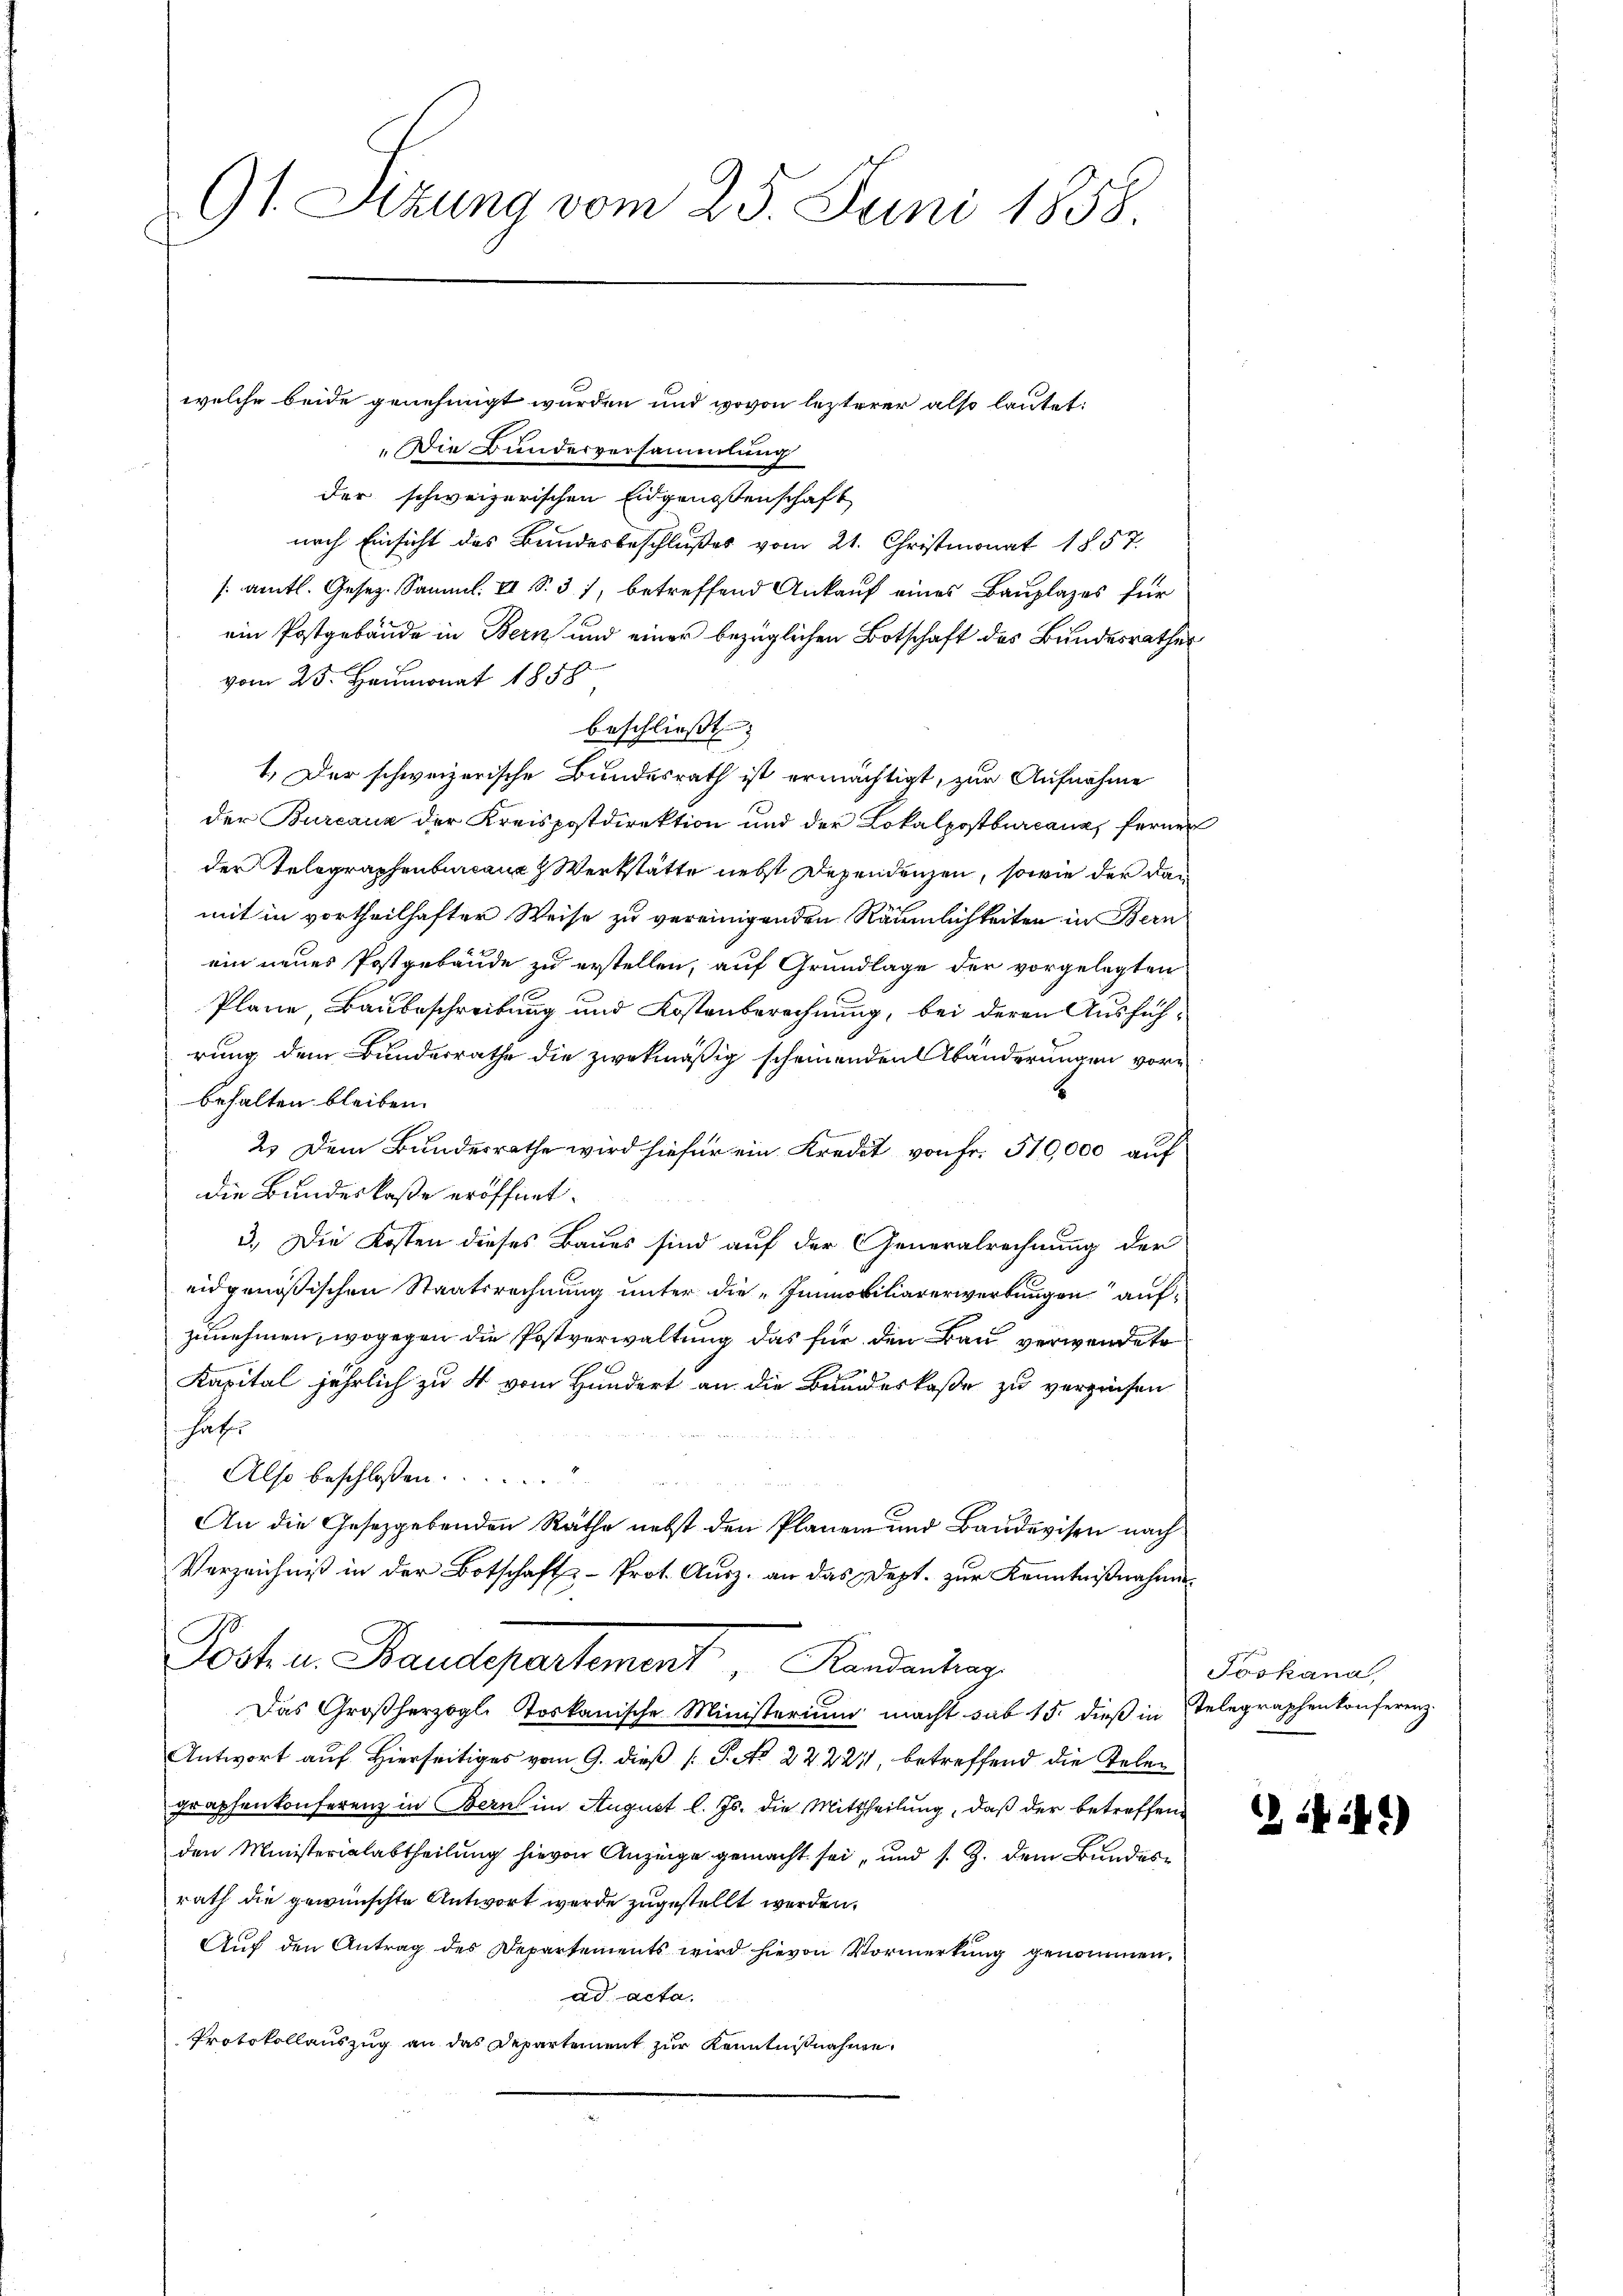
91 Sizung vom 25. Juni 1858.

welche beide genehmigt wurden und wovon lezterer also lautet:
Die Bunderversammlung
der schweizerischen Eidgenossenschaft
nach Einsicht des Bundesbeschlußes vom 21. Christmonat 1857.
sämtl. Gesez. Samml. II S. 31, betreffend Ankauf eines Bauplazes für
ein Postgebäude in Bern und einer bezüglichen Botschaft des Bundesrathes
vom 25. Heumonat 1858
beschließt:
1.) Der schweizerische Bundesrath ist ermächtigt, zur Aufnahme
der Burcauz der Kreispostdirektion und der Lokalpostburcana, ferner
der Telegraphenbureaus Werkstätte nebst Dependenzen, sowie der damit in vortheilhafter Weise zu vereinigenden Räumlichkeiten in Bern
ein neues Postgebäude zu erstellen, auf Grundlage der vorgelegten
Plane, Baubeschreibung und Kostenberechnung, bei deren Ausfüh-
rung dem Bundesrathe die zwekmäßig scheinenden Abänderungen vorbehalten bleiben.
2.) Dem Bundesrathe wird hiefür ein Kredit von Fr. 510,000 auf
die Bundeskaße eröffnet.
3.) Die Kosten dieses Baues sind auf der Generalrechnung der
eidgenössischen Staatsrechnung unter die Immobiliarerwerbungen aufzunehmen, wogegen die Postverwaltung das für den Bau verwendete
Kapital jährlich zu 4 vom Hundert an die Bundeskaße zu verzinsen
haf
Also beschlossen. .....
An die Gesetzgebenden Rathe nebst den Planen und Baudevisen nach
Verzeichniß in der Botschafts-Prot. Ausz. an das Dept. zur Kenntnißnahme
Post u. Baudepartement, Handendung
Das Großherzogl. Toskanische Ministerium macht sub 15. dieß in Stelegraphenkonferenz
Antwort auf Hierseitiges vom 9. dieß P. No 22221, betreffend die Telegraphenkonferenz in Bern im August l. Js. die Mittheilung, daß der betreffene
den Ministerialabtheilung hievon Anzeige gemacht sei, und s. Z. dem Bundesrath die gewünschte Antwort werde zugestellt werden.
Auf den Antrag des Departements wird hievon Vormerkung genommen.
ad acta.
Protokollauszug an das Departement zur Kenntnißnahme,

Joskana

44)